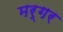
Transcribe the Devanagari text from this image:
मर्गर